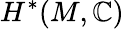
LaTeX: H^{*}(M,\mathbb{C})